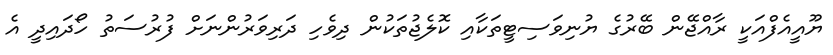
ޔޫއީއެފްއަކީ ރާއްޖޭން ބޭރުގެ ޔުނިވަސިޓީތަކާއި ކޮލެޖުތަކުން ދިވެހި ދަރިވަރުންނަށް ފުރުސަތު ހޯދައިދީ އެ